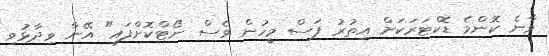
ވާނެ ކޮންމެ ޑޮކްޓަރަކަށް އިތުރު ފަސް މީހުން ވެސް ނޯޓްކޮށްފައި" އޭނާ ވިދާޅުވި